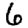
Digit: 6